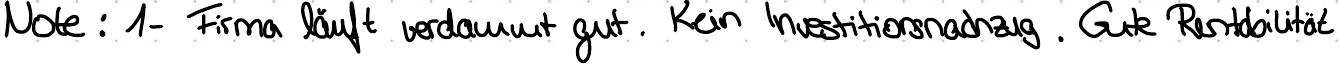
Note : 1- Firma läuft verdammt gut. Kein Investitionsnachzug. Gute Rentabilität